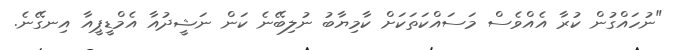
"ނުހައްގުން ކުރާ އެއްވެސް މަސައްކަތަކަށް ކާމިޔާބު ނުލިބޭނެ ކަން ނަޝީދުއާ އެމްޑީޕީއާ އިނގޭނެ.